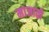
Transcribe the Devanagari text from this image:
माजातो